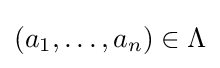
(a_{1},\ldots ,a_{n})\in \Lambda